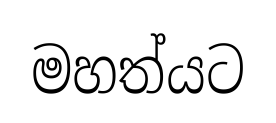
මහත්යට